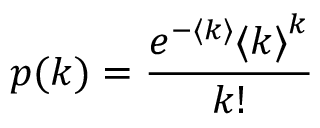
p ( k ) = \frac { e ^ { - \langle k \rangle } { \langle k \rangle } ^ { k } } { k ! }